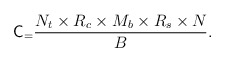
\begin{align*} \mathsf{C}_ = \frac{N_t \times R_c \times M_b \times R_s \times N_{}} {B}. \end{align*}